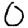
Digit: 0